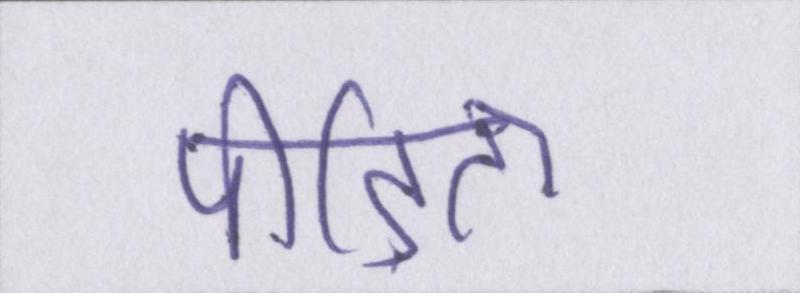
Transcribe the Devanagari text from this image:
पीड़िता